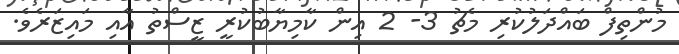
މުންތިފް ބައްދަލުކުރި މެޗު 3- 2 އިން ކާމިޔާބުކުރީ ޒީސްތު އާއި މައިޒަރެވެ.